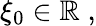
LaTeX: \xi_{0}\in\mathbb{R}\; ,